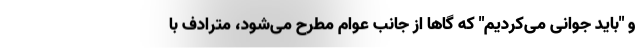
و "باید جوانی می‌کردیم" که گاها از جانب عوام مطرح می‌شود، مترادف با